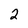
Character: 2